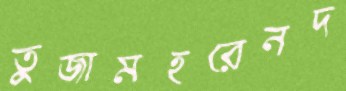
তুজামহরেনদ